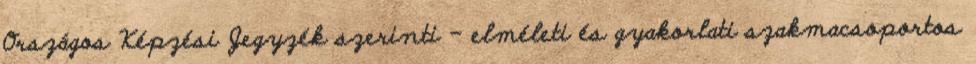
Országos Képzési Jegyzék szerinti – elméleti és gyakorlati szakmacsoportos